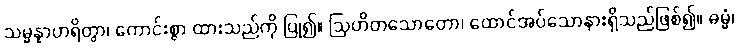
သမ္မန္နာဟရိတွာ၊ ကောင်းစွာ ထားသည်ကို ပြု၍။ ဩဟိတသောတော၊ ထောင်အပ်သောနားရှိသည်ဖြစ်၍။ ဓမ္မံ၊